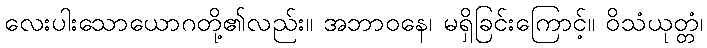
လေးပါးသောယောဂတို့၏လည်း။ အဘာဝနေ၊ မရှိခြင်းကြောင့်။ ဝိသံယုတ္တံ၊